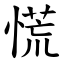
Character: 慌